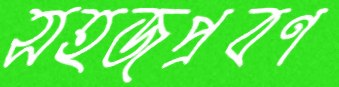
সহজপ্রবণ